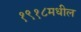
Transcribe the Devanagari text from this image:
१९१८मधील